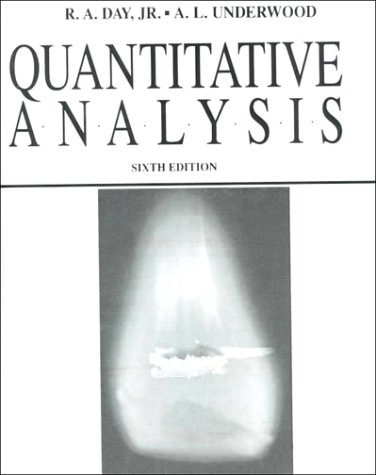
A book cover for Quantitative Analysis (6th Edition); R.A. Day; Science & Math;